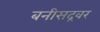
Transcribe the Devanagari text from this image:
बनीसद्रवर